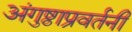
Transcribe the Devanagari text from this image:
अंगुष्ठाप्रवर्तनी